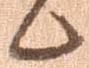
候